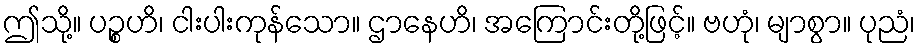
ဤသို့။ ပဉ္စဟိ၊ ငါးပါးကုန်သော။ ဌာနေဟိ၊ အကြောင်းတို့ဖြင့်။ ဗဟုံ၊ မျာစွာ။ ပုညံ၊